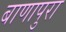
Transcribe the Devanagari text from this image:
बाणापुरा